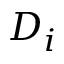
D _ { i }